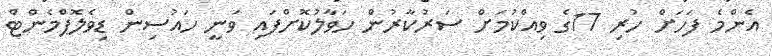
އެންމެ ފަހަށް ހުރި 17ގެ ވިއްކުމަށް ސަރުކާރުން ހަވާލުކޮށްފައި ވަނީ ހައުސިން ޑިވެލޮޕްމެންޓް